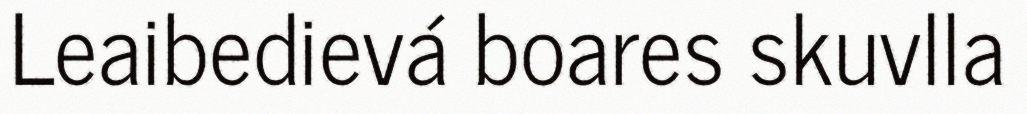
Leaibedievá boares skuvlla